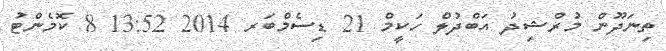
ތިނަދޫން މުރްޝިދު އަބްދުލް ހަކީމް 21 ޑިސެމްބަރ 2014 13:52 8 ކޮމެންޓު